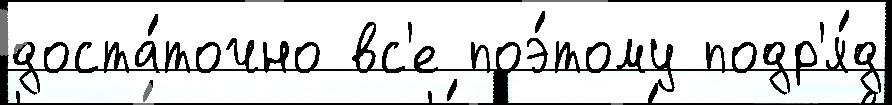
доста́точно вс'е поэ́тому подр'я́д